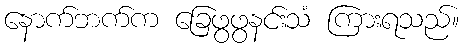
နောက်ဘက်က ခြေဖွဖွနင်းသံ ကြားရသည်။